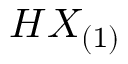
H X _ { ( 1 ) }